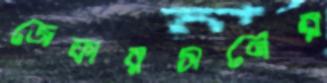
জেফারসনের